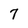
Character: 7